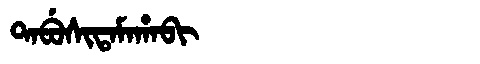
Manchu: ᡨᠠᠪᡠᠰᡳᡨᠠᠮᠠᡥᠠᠪᡳ
Romanization: TABUSITAMAHABI